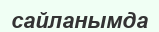
сайланымда